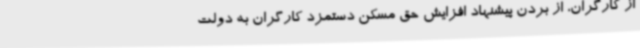
از کارگران، از بردن پیشنهاد افزایش حق مسکن دستمزد کارگران به دولت